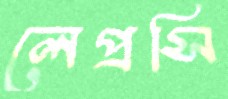
লেপ্রসি